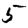
Digit: 5